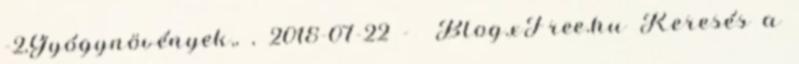
-2,Gyógynövények,, , 2018-07-22 - Blog.xFree.hu Keresés a